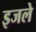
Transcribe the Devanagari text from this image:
इजले